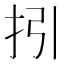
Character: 𢪉